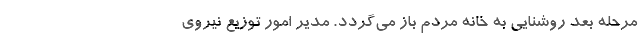
مرحله بعد روشنایی به خانه مردم باز می‌گردد. مدیر امور توزیع نیروی